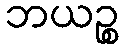
ဘယဉ္စ